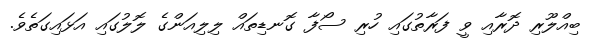
ބިއްލޫރި ދޮރާއި ވީ ފަރާތުގައި ހުރި ސޯފާ ގޮނޑިތައް ލިލިއަންގެ ލޮލުގައި އަޅައިގަތެވެ.